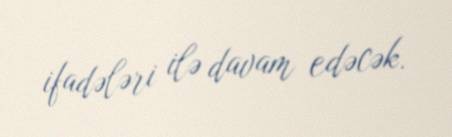
ifadələri ilə davam edəcək.